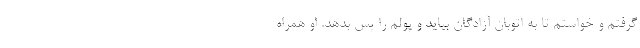
گرفتم و خواستم تا به اتوبان آزادگان بیاید و پولم را پس بدهد. او همراه